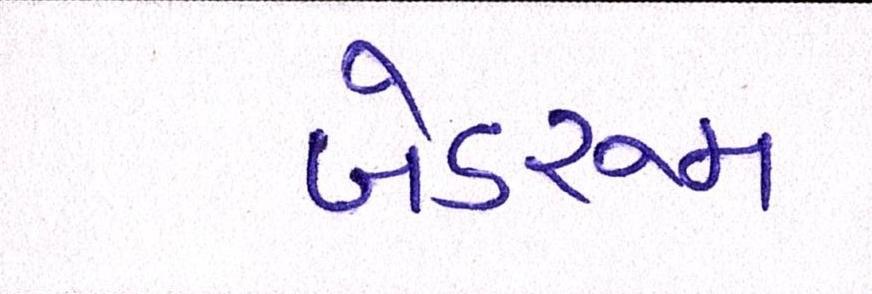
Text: બેડરૂમ